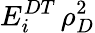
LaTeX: E_{i}^{DT}\, \rho_{D}^{2}